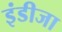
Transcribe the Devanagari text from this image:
इंडीजा